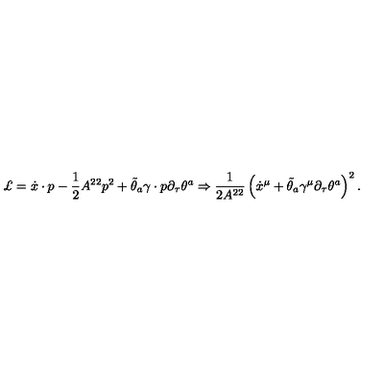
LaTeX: \pounds = \dot { x } \cdot p - \frac { 1 } { 2 } A ^ { 2 2 } p ^ { 2 } + \tilde { \theta } _ { a } \gamma \cdot { p } \partial _ { \tau } \theta ^ { a } \Rightarrow \frac { 1 } { 2 A ^ { 2 2 } } \left( \dot { x } ^ { \mu } + \tilde { \theta } _ { a } \gamma ^ { \mu } \partial _ { \tau } \theta ^ { a } \right) ^ { 2 } .